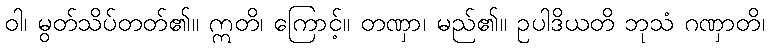
ဝါ၊ မွတ်သိပ်တတ်၏။ ဣတိ၊ ကြောင့်။ တဏှာ၊ မည်၏။ ဥပါဒိယတိ ဘုသံ ဂဏှာတိ၊